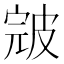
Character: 𰤪